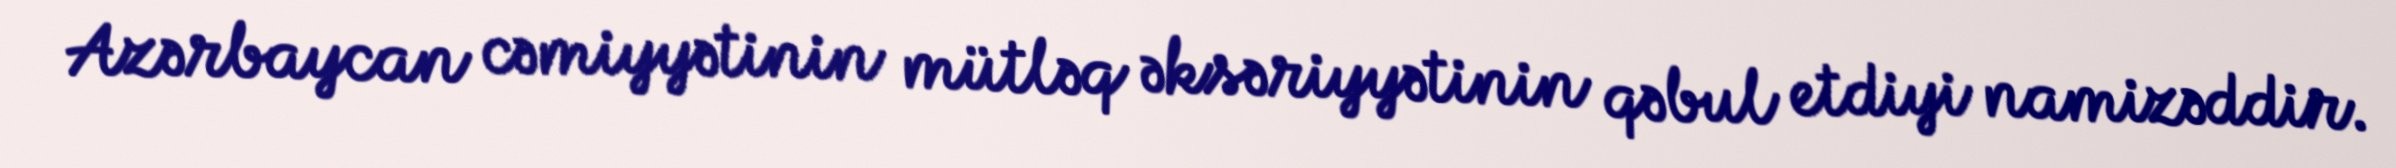
Azərbaycan cəmiyyətinin mütləq əksəriyyətinin qəbul etdiyi namizəddir.